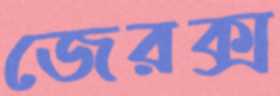
জেরক্স